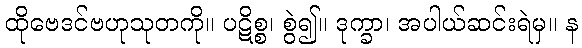
ထိုဗေဒင်ဗဟုသုတကို။ ပဋိစ္စ၊ စွဲ၍။ ဒုက္ခာ၊ အပါယ်ဆင်းရဲမှ။ န